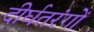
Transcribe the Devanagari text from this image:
दीर्घतरंगों